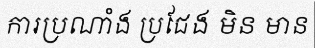
ការប្រណាំង ប្រជែង មិន មាន